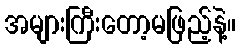
အများကြီးတော့မဖြည့်နဲ့။